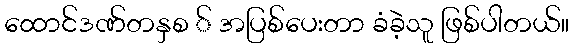
ထောင်ဒဏ်တနှစ ် အပြစ်ပေးတာ ခံခဲ့သူ ဖြစ်ပါတယ်။